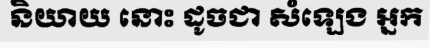
និយាយ នោះ ដូចជា សំឡេង អ្នក